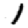
Digit: 1